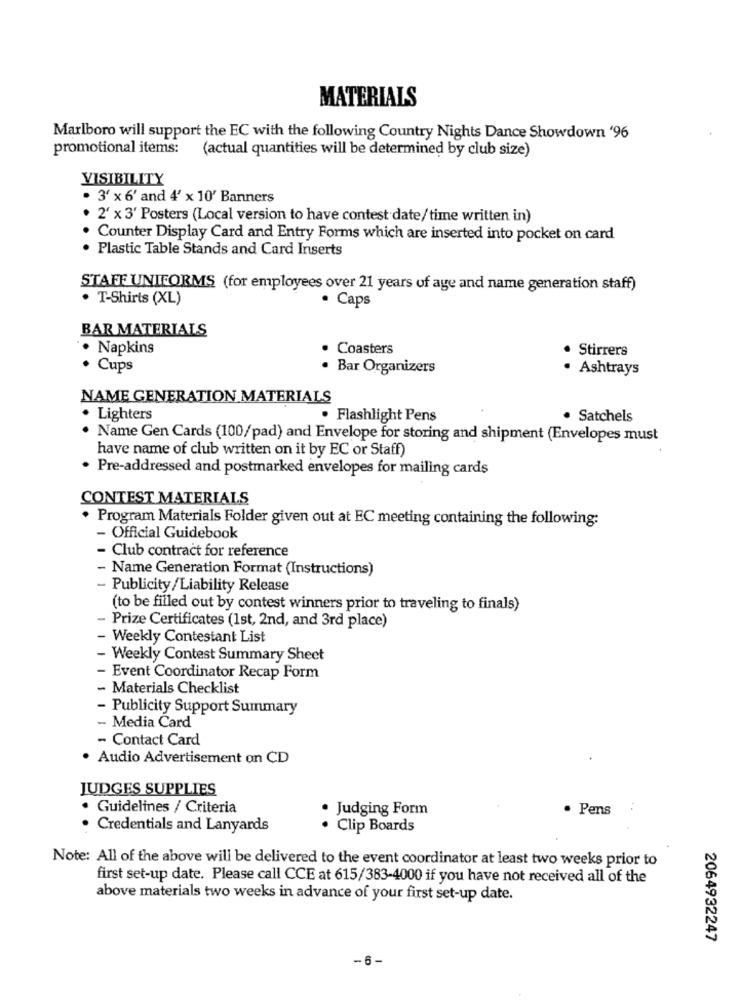
MATERIALS
Marlboro will support the EC with the following Country Nights Dance Showdown '96
promotional items:
(actual quantities will be determined by club size)
VISIBILITY
. 3' x 6' and 4' x 10' Banners
2' x 3' Posters (Local version to have contest date/time written in)
Counter Display Card and Entry Forms which are inserted into pocket on card
· Plastic Table Stands and Card Inserts
STAFF UNIFORMS (for employees over 21 years of age and name generation staff)
. T-Shirts (XL)
· Caps
BAR MATERIALS
· Napkins
Coasters
Stirrers
· Cups
Bar Organizers
· Ashtrays
NAME GENERATION MATERIALS
· Lighters
· Flashlight Pens
· Satchels
. Name Gen Cards (100/pad) and Envelope for storing and shipment (Envelopes must
have name of club written on it by EC or Staff)
. Pre-addressed and postmarked envelopes for mailing cards
CONTEST MATERIALS
Program Materials Folder given out at EC meeting containing the following:
- Official Guidebook
- Club contract for reference
Name Generation Format (Instructions)
- Publicity/Liability Release
(to be filled out by contest winners prior to traveling to finals)
- Prize Certificates (1st, 2nd, and 3rd place)
- Weekly Contestant List
- Weekly Contest Summary Sheet
- Event Coordinator Recap Form
- Materials Checklist
Publicity Support Summary
- Media Card
- Contact Card
· Audio Advertisement on CD
JUDGES SUPPLIES
· Guidelines / Criteria
. Judging Form
· Pens
· Credentials and Lanyards
· Clip Boards
Note: All of the above will be delivered to the event coordinator at least two weeks prior to
first set-up date. Please call CCE at 615/383-4000 if you have not received all of the
above materials two weeks in advance of your first set-up date.
2064932247
.6.